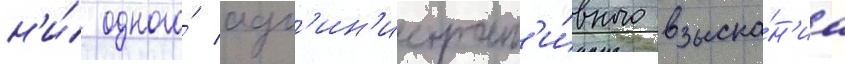
н'и́ одного́ адм'ин'истрат'и́вного взыска́н'иа